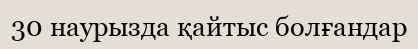
30 наурызда қайтыс болғандар